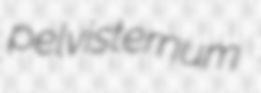
pelvisternum